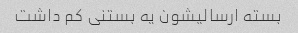
بسته ارسالیشون یه بستنی کم داشت